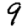
Digit: 9